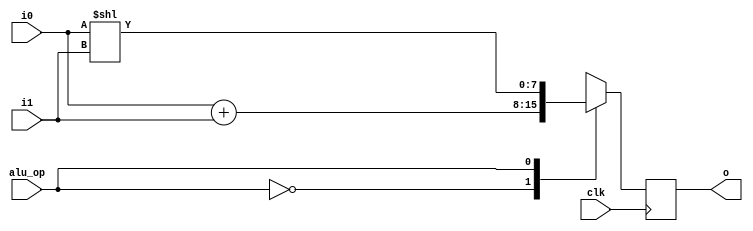
`timescale 1ns / 1ps

module alu(
    input clk,
    input [7:0] i0,
    input [7:0] i1,
    input alu_op,
    output reg [7:0] o
);

    always @(posedge clk) begin
        case(alu_op)
            1'b0: o = i0 + i1;
            1'b1: o = i0 << i1;
        endcase
    end

endmodule